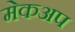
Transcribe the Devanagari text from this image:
मेकअप